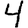
Digit: 4